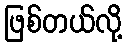
ဖြစ်တယ်လို့